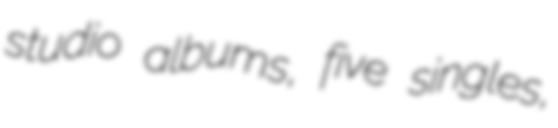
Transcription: studio albums, five singles,